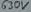
Text: 1000µf